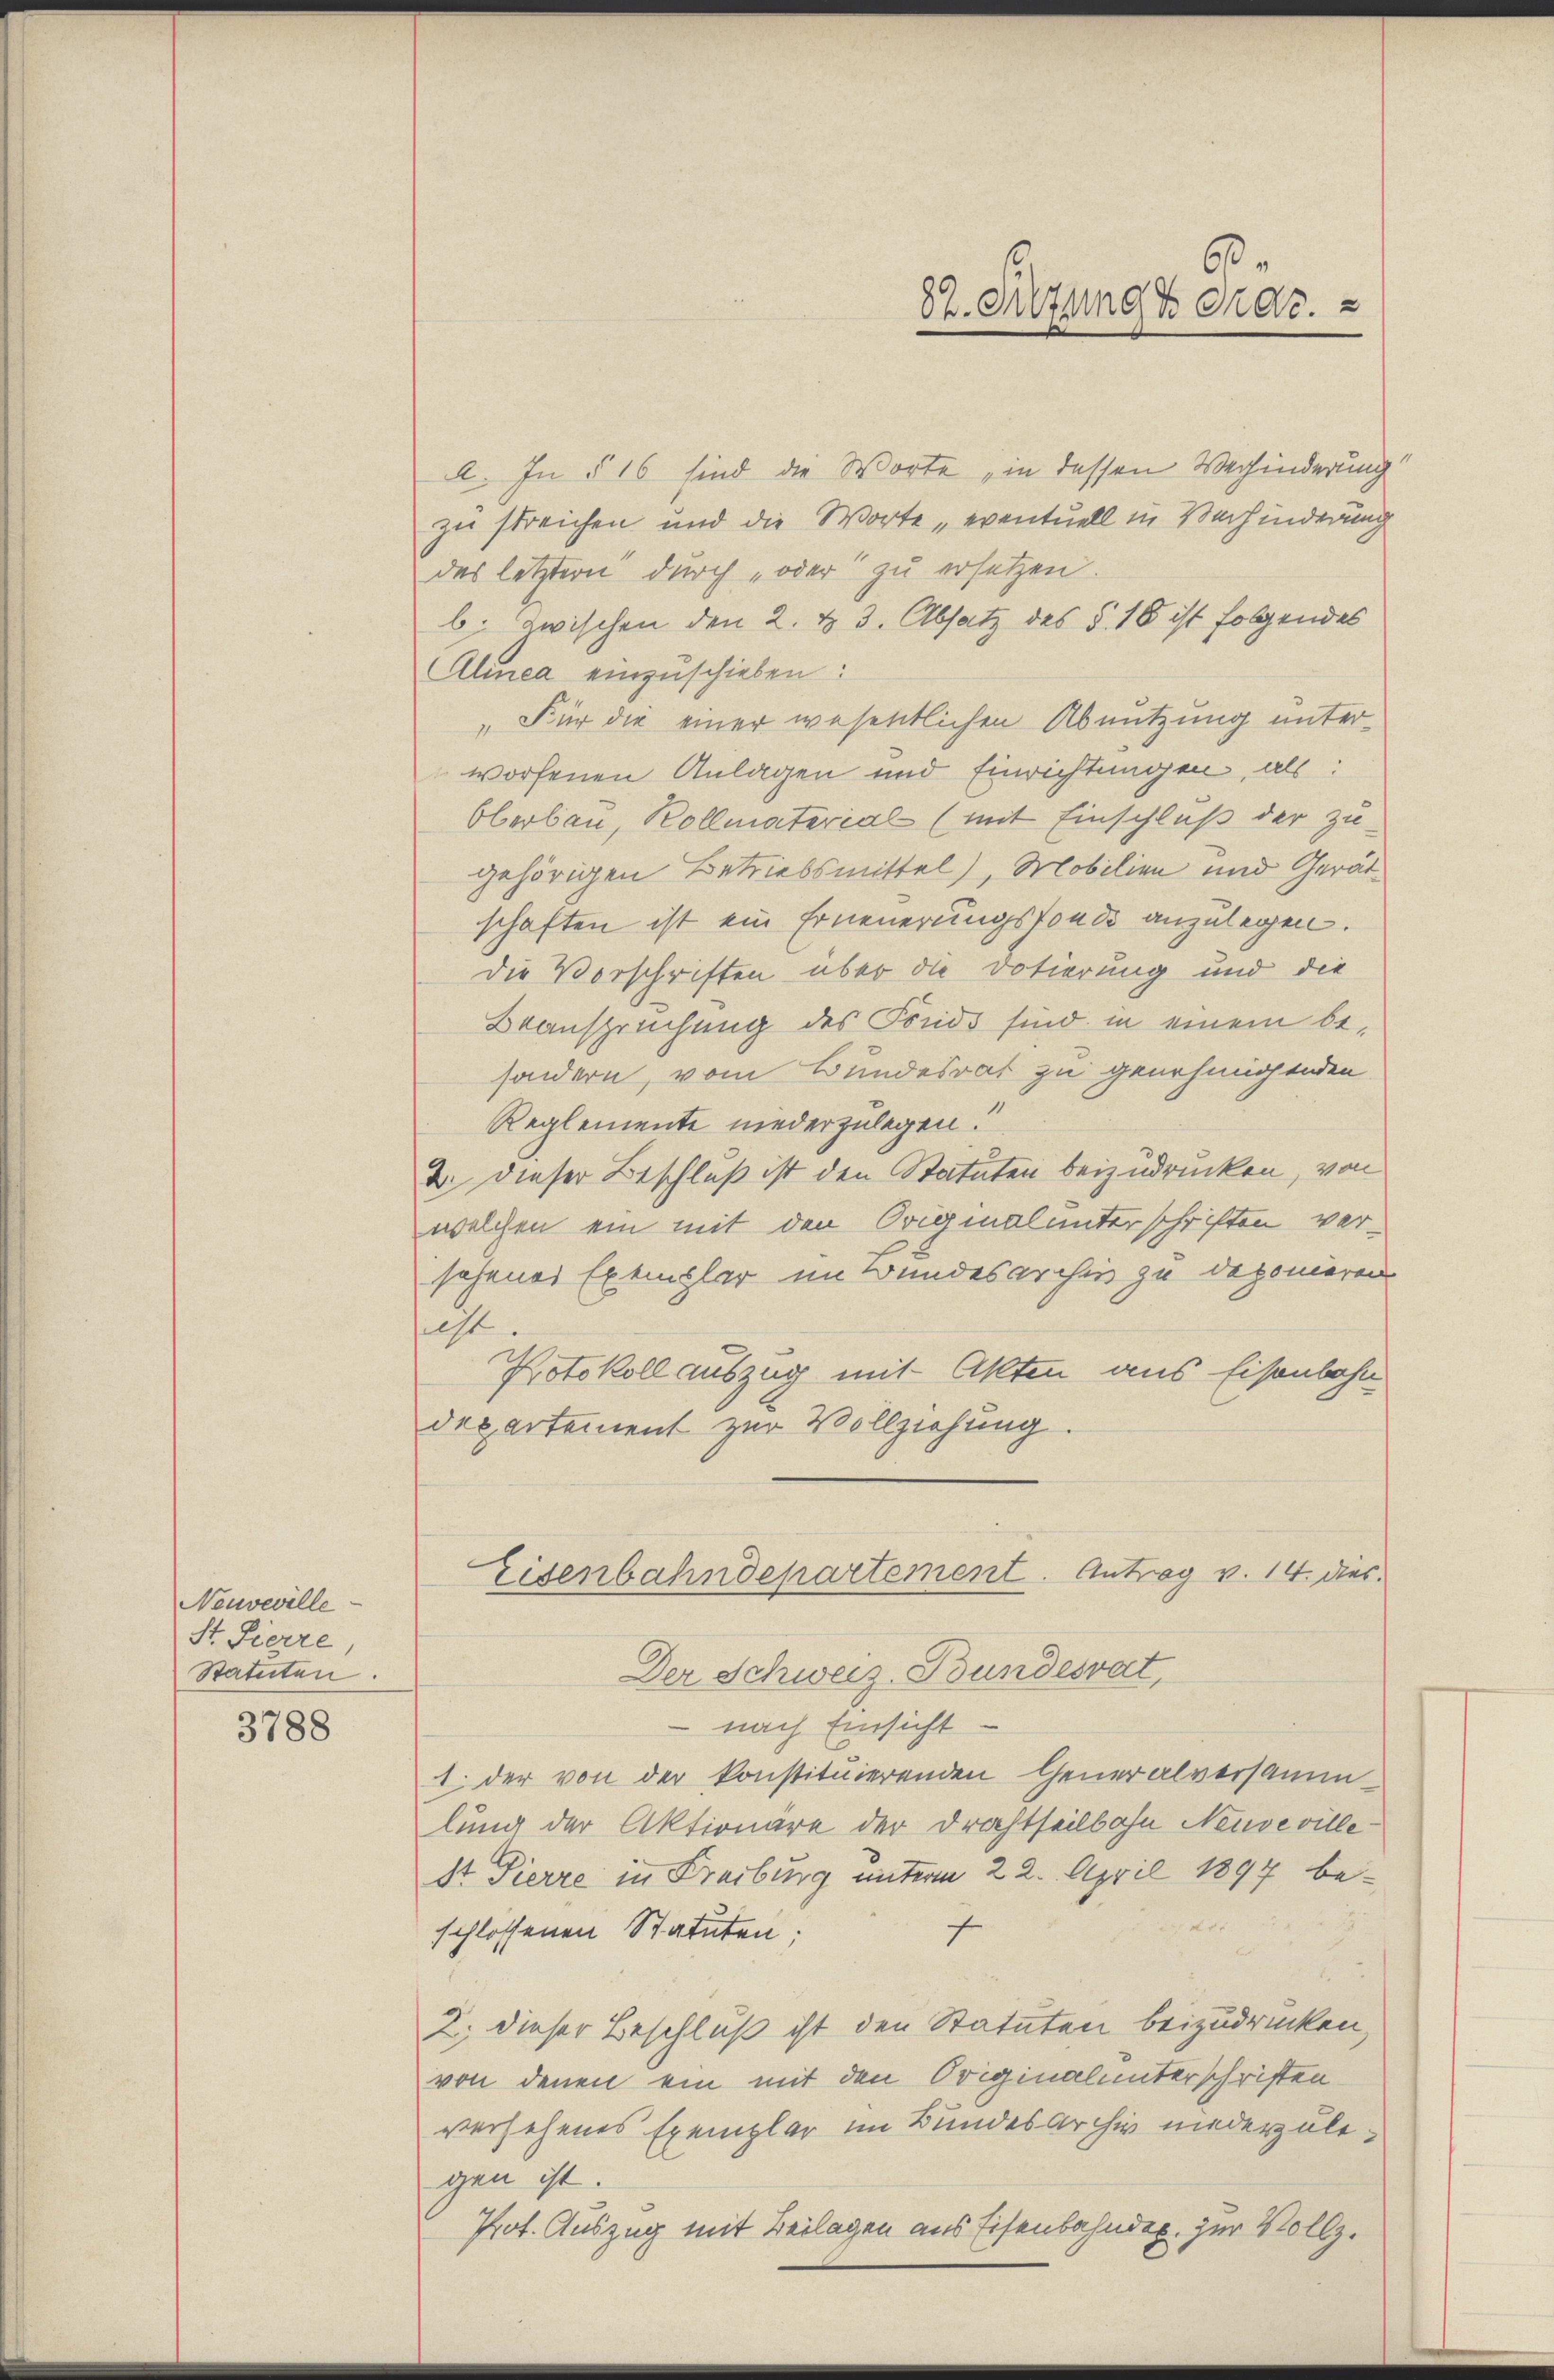
Neuveville
St. Pierre,
Statuten.

3788

l. In § 16 sind die Worte „in dessen Verhinderung
zu streichen und die Worte „eventuell in Verhinderung
des letztern durch „oder zu ersetzen.
b. Zwischen den 2. d. 3. Absatz des §. 16 ist folgendes
Almea einzuschieben:
„Für die einer wesentlichen Abnutzung unterworfenen Anlagen und Einrichtungen, als:
Oberbau, Kollmaterial (mit Einschluß der zu
gehörigen Betriebsmittel), Mobilien und Gerätschaften ist ein Erneuerungsfonde anzulegen.
die Vorschriften über die Dotierung und die
Beanspruchung des Fonds sind in einem besondern, vom Bundesrat zu genehmigenden
Reglemente niederzulegen.
2. dieser Beschluß ist den Statuten beizudrucken, von
welchen ein mit den Originalunterschriften versehenes Exemplar im Bundesarchiv zu deponieren
e
Protokoll auszug mit Akten aus Eisenbahn
departement zur Vollziehung.
Eisenbahndepartement. Antrag v. 14. dies
Der Schweiz. Bundesrat,
 nach Einsicht.
1. der von der konstituierenden Generalversammlung der Aktionäre der Drahtheilbahn Neuveville¬
St Pierre in Freiburg unterm 22. April 1897 bed Ar
schlossenen Statuten:
f
2. dieser Beschluß ist den Statuten beizudrücken,
von denen ein mit den Originalunterschriften
versehenes Exemplar im Bundesarchiv niederzulegen ist.
Prot. Auszug mit Beilagen aus Eisenbahnder zur Vollz

82. Sitzung zerde.